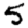
Digit: 5